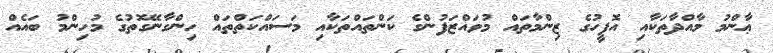
ޢާންމު މާއްދާތަކާއި އޮފީހުގެ ޒިންމާތައް މުވައްޒަފުންގެ ކަންތައްތަކާއި މަސައްކަތްތައް ހިންގާނޭގޮތުގެ މުހިންމު ބައެއް